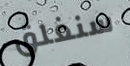
سنغلق